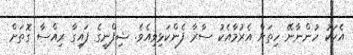
އެކަކު ހުންނާނޭ ހިތަށް އެރުމާއެކު ސާރާ ފެންކަޅިވިއެވެ. ޝިފްނީގެ ފައިގާ ރިއްސާ ގޮތަށް